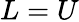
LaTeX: L=U